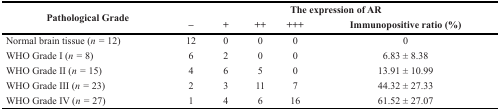
<table><thead><tr><td rowspan="2"><b>Pathological Grade</b></td><td colspan="5"><b>The expression of AR</b></td></tr><tr><td><b>–</b></td><td><b>+</b></td><td><b>++</b></td><td><b>+++</b></td><td><b>Immunopositive ratio (%)</b></td></tr></thead><tbody><tr><td>Normal brain tissue (<i>n</i> = 12)</td><td>12</td><td>0</td><td>0</td><td>0</td><td>0</td></tr><tr><td>WHO Grade I (<i>n</i> = 8)</td><td>6</td><td>2</td><td>0</td><td>0</td><td>6.83 ± 8.38</td></tr><tr><td>WHO Grade II (<i>n</i> = 15)</td><td>4</td><td>6</td><td>5</td><td>0</td><td>13.91 ± 10.99</td></tr><tr><td>WHO Grade III (<i>n</i> = 23)</td><td>2</td><td>3</td><td>11</td><td>7</td><td>44.32 ± 27.33</td></tr><tr><td>WHO Grade IV (<i>n</i> = 27)</td><td>1</td><td>4</td><td>6</td><td>16</td><td>61.52 ± 27.07</td></tr></tbody></table>